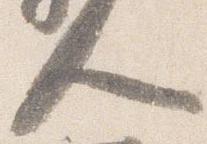
人